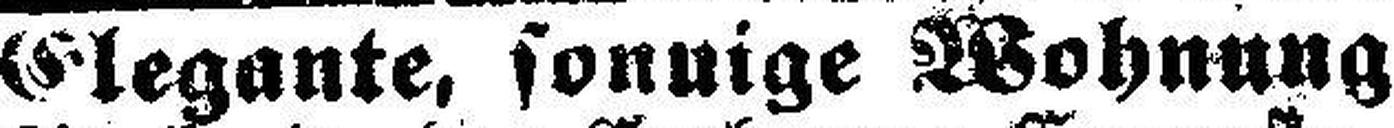
Elegante, sonnige Wohnung